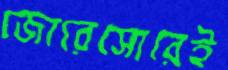
জোরেসোরেই